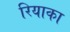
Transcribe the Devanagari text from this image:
रियाका